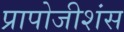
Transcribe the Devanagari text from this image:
प्रापोजीशंस